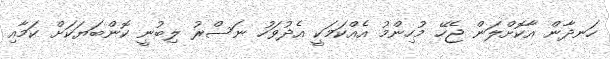
ހަނދާން އާކޮށްލަން ޖެހޭ މުހިންމު އެއްކަމަކީ އެދުވަހު ނަސްރު ލިބުނީ ކޮންބަޔަކަށް ކަމާއި